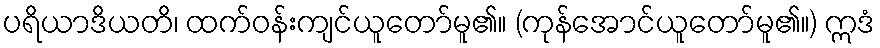
ပရိယာဒိယတိ၊ ထက်ဝန်းကျင်ယူတော်မူ၏။ (ကုန်အောင်ယူတော်မူ၏။) ဣဒံ